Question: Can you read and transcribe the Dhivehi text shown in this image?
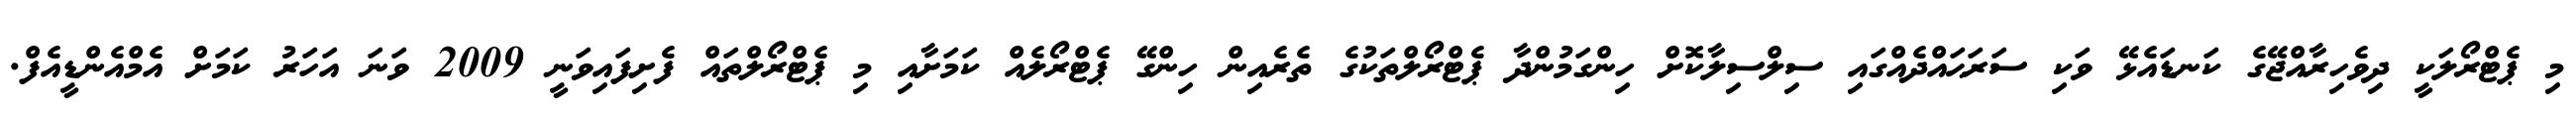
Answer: މި ޕެޓްރޯލަކީ ދިވެހިރާއްޖޭގެ ކަނޑައެޅޭ ވަކި ސަރަޙައްދެއްގައި ސިލްސިލާކޮށް ހިންގަމުންދާ ޕެޓްރޯލްތަކުގެ ތެރެއިން ހިންގޭ ޕެޓްރޯލެއް ކަމަށާއި މި ޕެޓްރޯލްތައް ފެށިފައިވަނީ 2009 ވަނަ އަހަރު ކަމަށް އެމްއެންޑީއެފް.